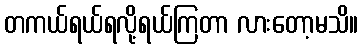
တကယ်ရယ်ရလို့ရယ်ကြတာ လားတော့မသိ။